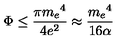
\Phi \leq \frac { \pi { m _ { e } } ^ { 4 } } { 4 e ^ { 2 } } \approx \frac { { m _ { e } } ^ { 4 } } { 1 6 \alpha }